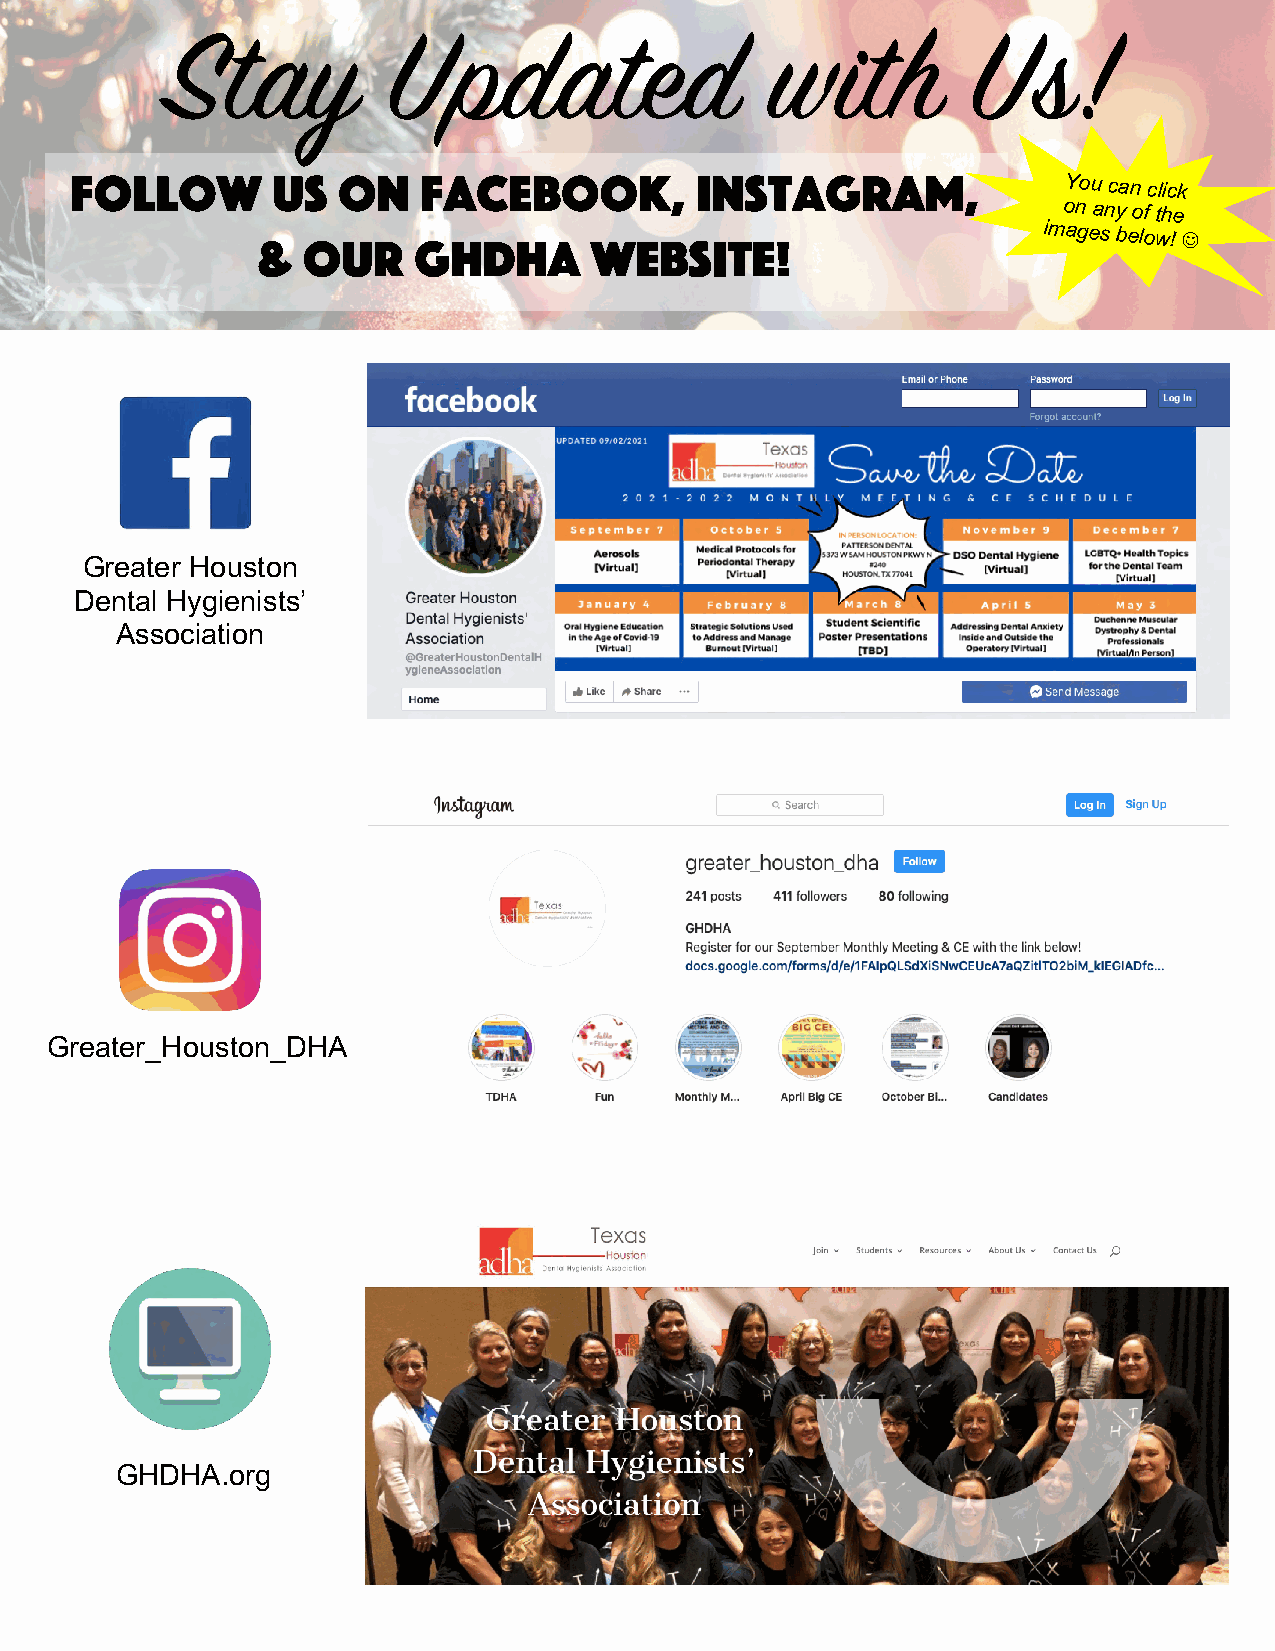
Stay           Updated                  with         Us!
 Follow       us  on    facebook,         Instagram,              You can click
 on any of the
 &  our    ghdha       website!
 images
 below!
 J
 Great er Houston
 Dental Hygienists’
 Association
 Greater_ Houston_DHA
 GHDHA.org